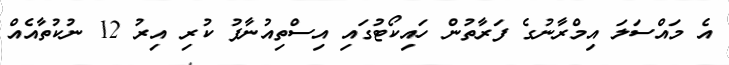
އެ މައްސަލަ އިމްރާނުގެ ފަރާތުން ހައިކޯޓުގައި އިސްތިއުނާފު ކުރި އިރު 12 ނުކުތާއެއް